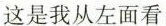
这是我从左面看